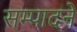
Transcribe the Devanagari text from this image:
सम्पादनें